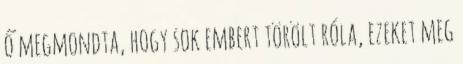
ő megmondta, hogy sok embert törölt róla, ezeket meg